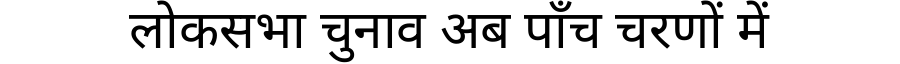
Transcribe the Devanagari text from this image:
लोकसभा चुनाव अब पाँच चरणों में